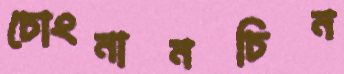
চোংনানচিন